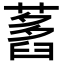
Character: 𦽭